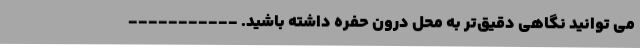
می توانید نگاهی دقیق‌تر به محل درون حفره داشته باشید. -----------